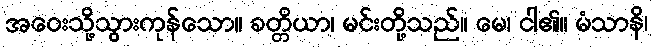
အဝေးသို့သွားကုန်သော။ ခတ္တိယာ၊ မင်းတို့သည်။ မေ၊ ငါ၏။ မံသာနိ၊